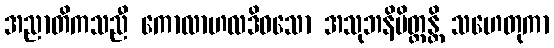
အညာတိကသညီ ကောလာဟလဒိဝသော အသုဘနိမိတ္တန္တိ သဟေတုကာ